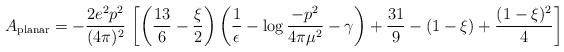
LaTeX: \begin{align*}A_{\rm planar} = - {2e^{2}p^{2}\over (4\pi)^{2}}\,\left[\left({13\over6} - {\xi\over 2}\right) \left({1\over \epsilon} - \log {-p^{2}\over4\pi \mu^{2}} - \gamma\right) + {31\over 9} - (1-\xi) +{(1-\xi)^{2}\over 4}\right]\end{align*}